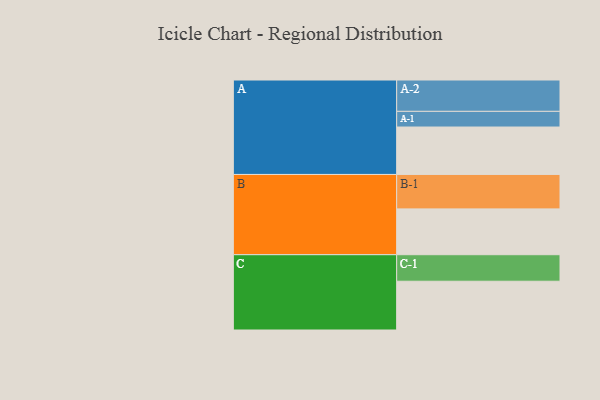
{"axis": {"x": "Segment", "y": "Value"}, "legend": ["", "A", "B", "C"], "data": [{"x": "A", "y": 354, "type": ""}, {"x": "B", "y": 342, "type": ""}, {"x": "C", "y": 364, "type": ""}, {"x": "A-1", "y": 117, "type": "A"}, {"x": "A-2", "y": 234, "type": "A"}, {"x": "B-1", "y": 257, "type": "B"}, {"x": "C-1", "y": 198, "type": "C"}]}